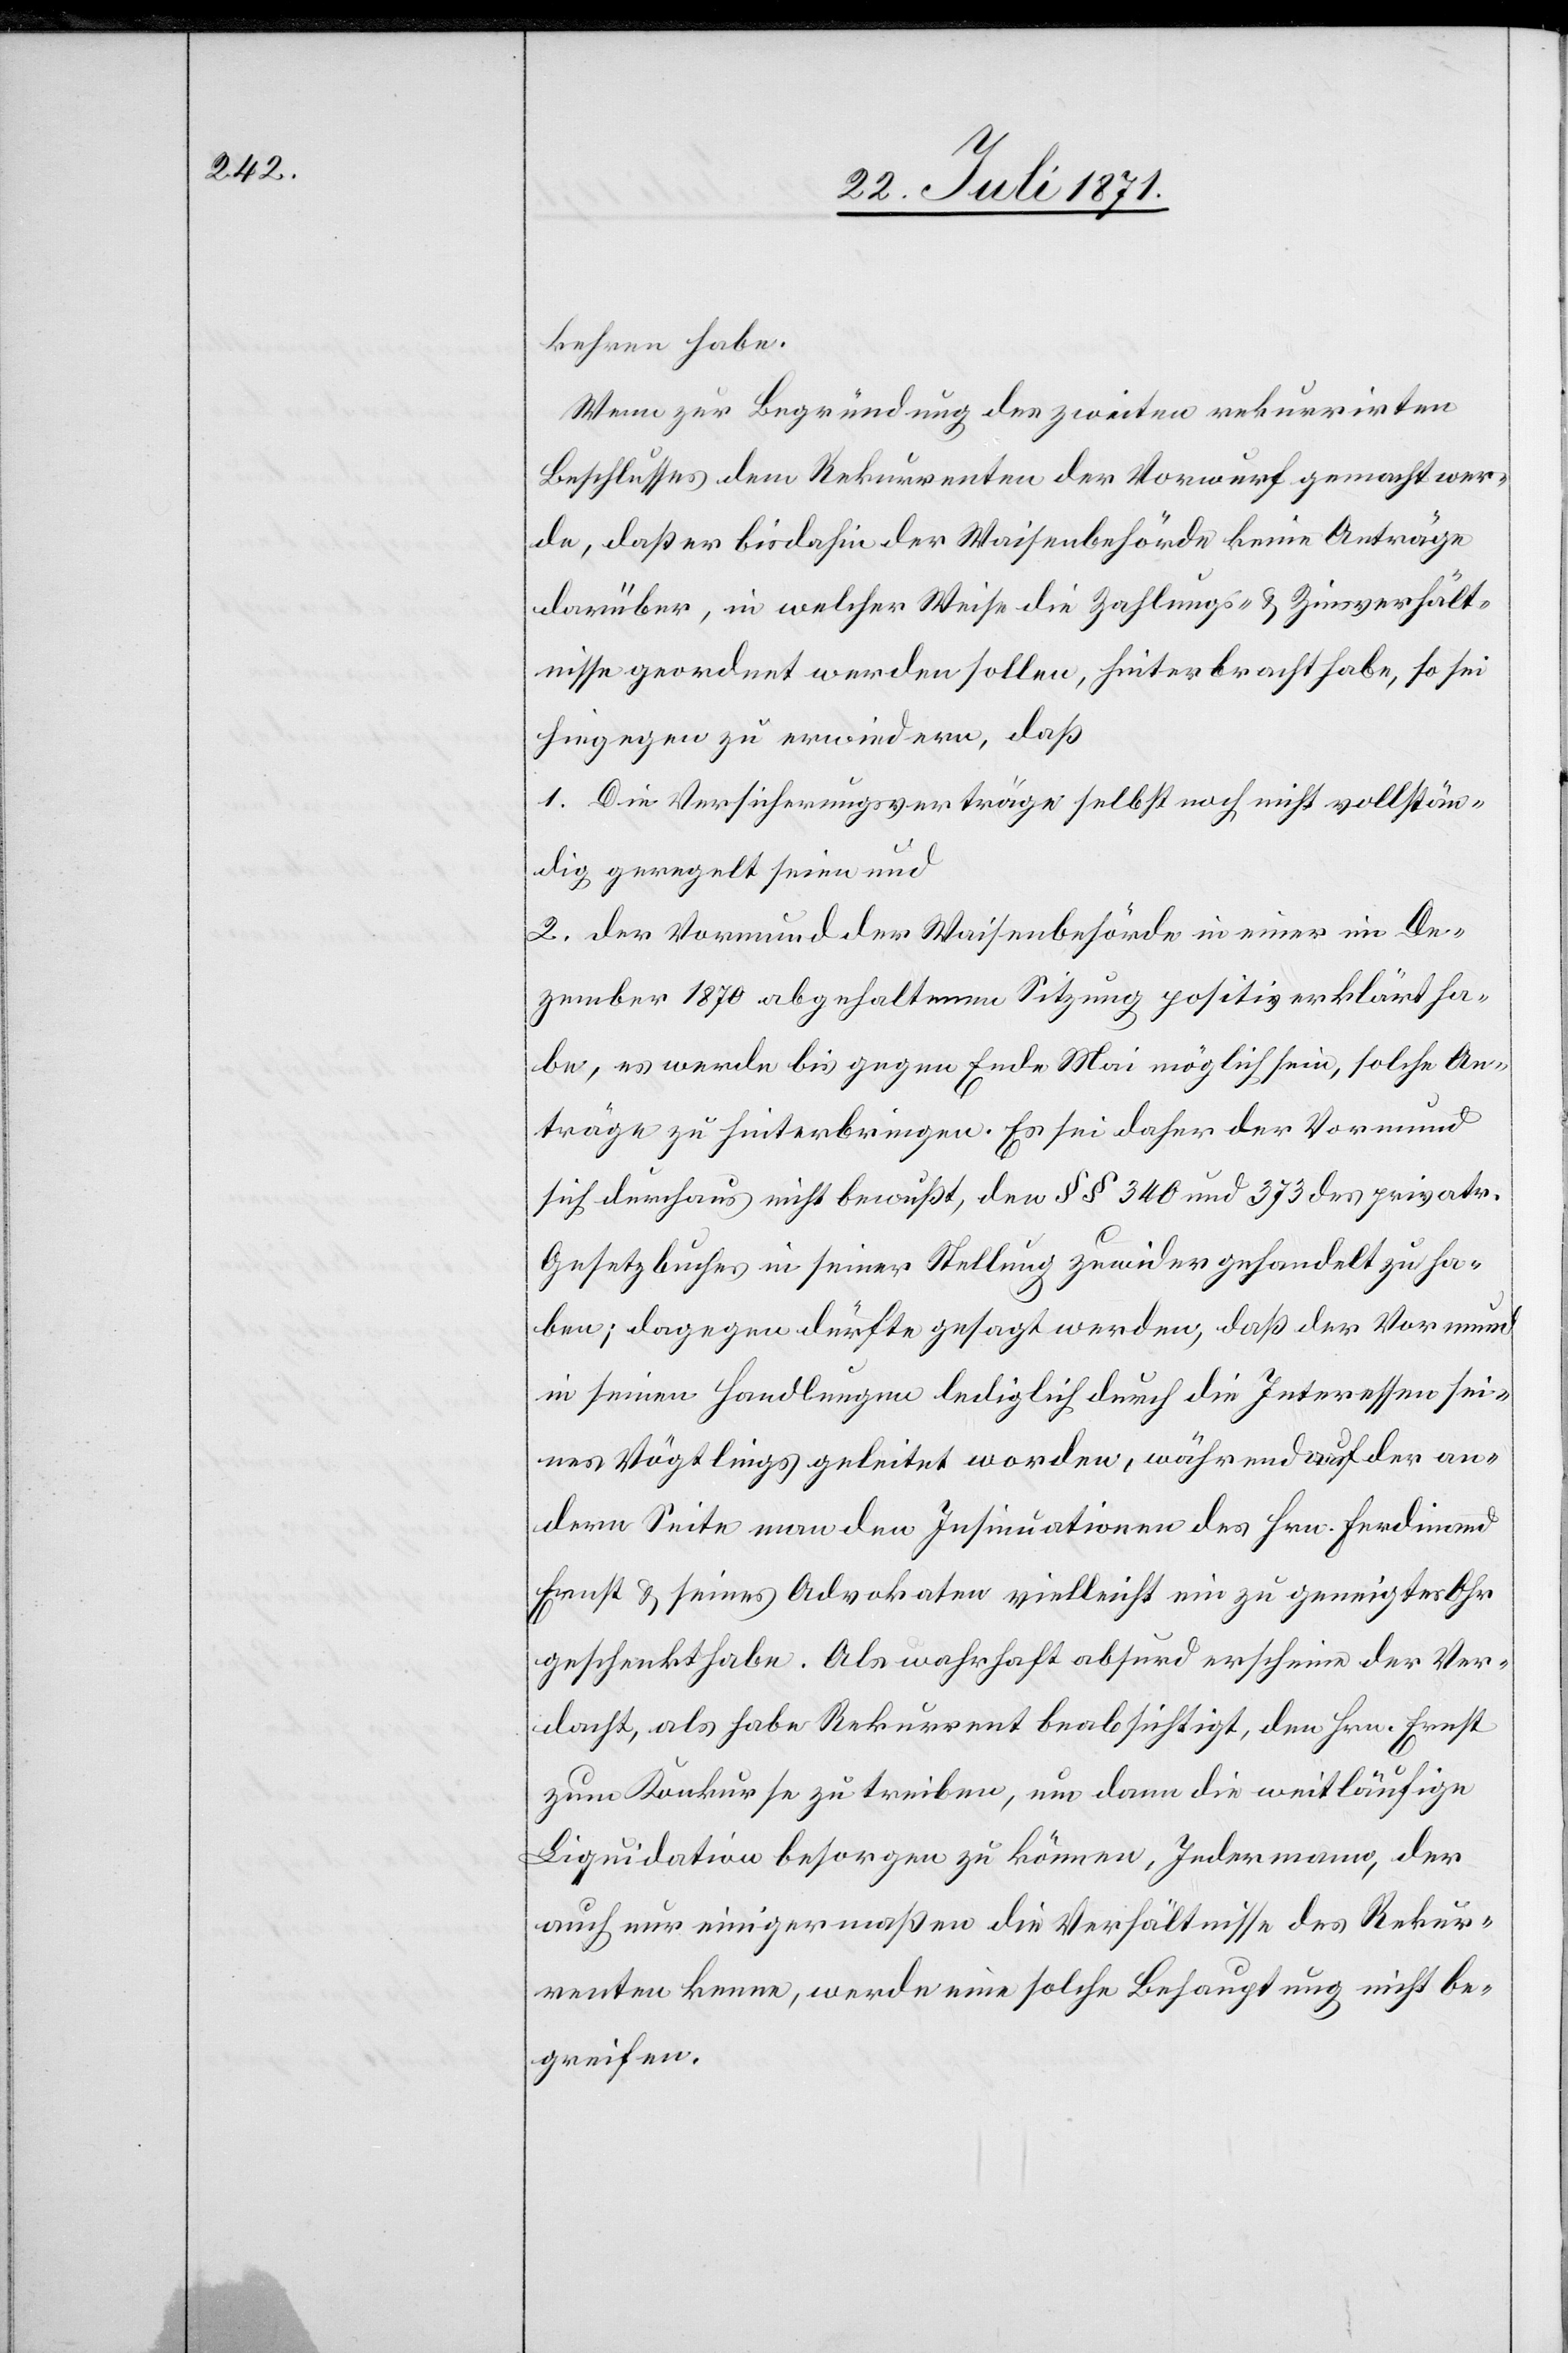
kehren habe.
Wenn zur Begründung des zweiten rekurrirten
Beschlusses dem Rekurrenten der Vorwurf gemacht wer¬
de, daß er bisdahin der Waisenbehörde keine Anträge
darüber, in welcher Weise die Zahlungs- u. Zinsverhält¬
nisse geordnet werden sollen, hinterbracht habe, so sei
hiegegen zu erwiedern, daß
1. Die Versicherungsverträge selbst noch nicht vollstän¬
dig geregelt seien und
2. der Vormund der Waisenbehörde in einer im De¬
zember 1870 abgehaltenen Sitzung positiv erklärt ha¬
be, es werde bis gegen Ende Mai möglich sein, solche An¬
träge zu hinterbringen. Es sei daher der Vormund
sich durchaus nicht bewußt, den §§ 340 und 373 des privatr.
Gesetzbuches in seiner Stellung zuwider gehandelt zu ha¬
ben; dagegen dürfte gesagt werden, daß der Vormund
in seinen Handlungen lediglich durch die Interessen sei¬
nes Vögtlings geleitet worden, während auf der an¬
dern Seite man den Insinuationen des Hrn. Ferdinand
Ernst u. seines Advokaten vielleicht nie zu geneigtes Ohr
geschenkt habe. Als wahrhaft absurd erscheine der Ver¬
dacht, als habe Rekurrent beabsichtigt, den Hrn. Ernst
zum Konkurse zu treiben, um dann die weitläufige
Liquidation besorgen zu können, Jedermann, der
auch nur einigermaßen die Verhältnisse des Rekur¬
renten kenne, werde eine solche Behauptung nicht be¬
greifen.